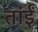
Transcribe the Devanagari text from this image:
तांईं